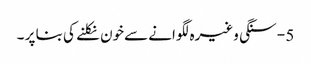
5 - سنگی وغیرہ لگوانے سےخون نکلنے کی بنا پر ۔